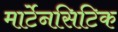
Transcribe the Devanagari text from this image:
मार्टेनसिटिक